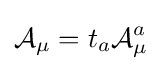
{\mathcal {A}}_{\mu }=t_{a}{\mathcal {A}}_{\mu }^{a}